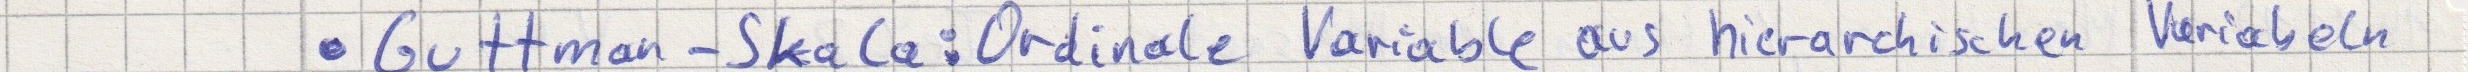
- Guttman-Skala: Ordinale Variable aus hierarchischen Variablen